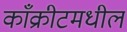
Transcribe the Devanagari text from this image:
काँक्रीटमधील